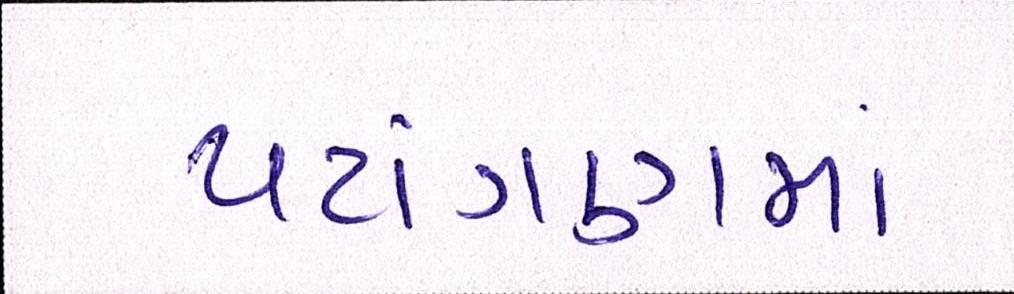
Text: પટાંગણમાં